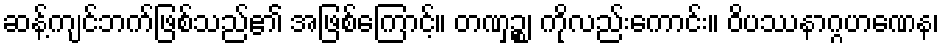
ဆန့်ကျင်ဘက်ဖြစ်သည်၏ အဖြစ်ကြောင့်။ တဏှဉ္စ၊ ကိုလည်းကောင်း။ ဝိပဿနာဂ္ဂဟဏေန၊